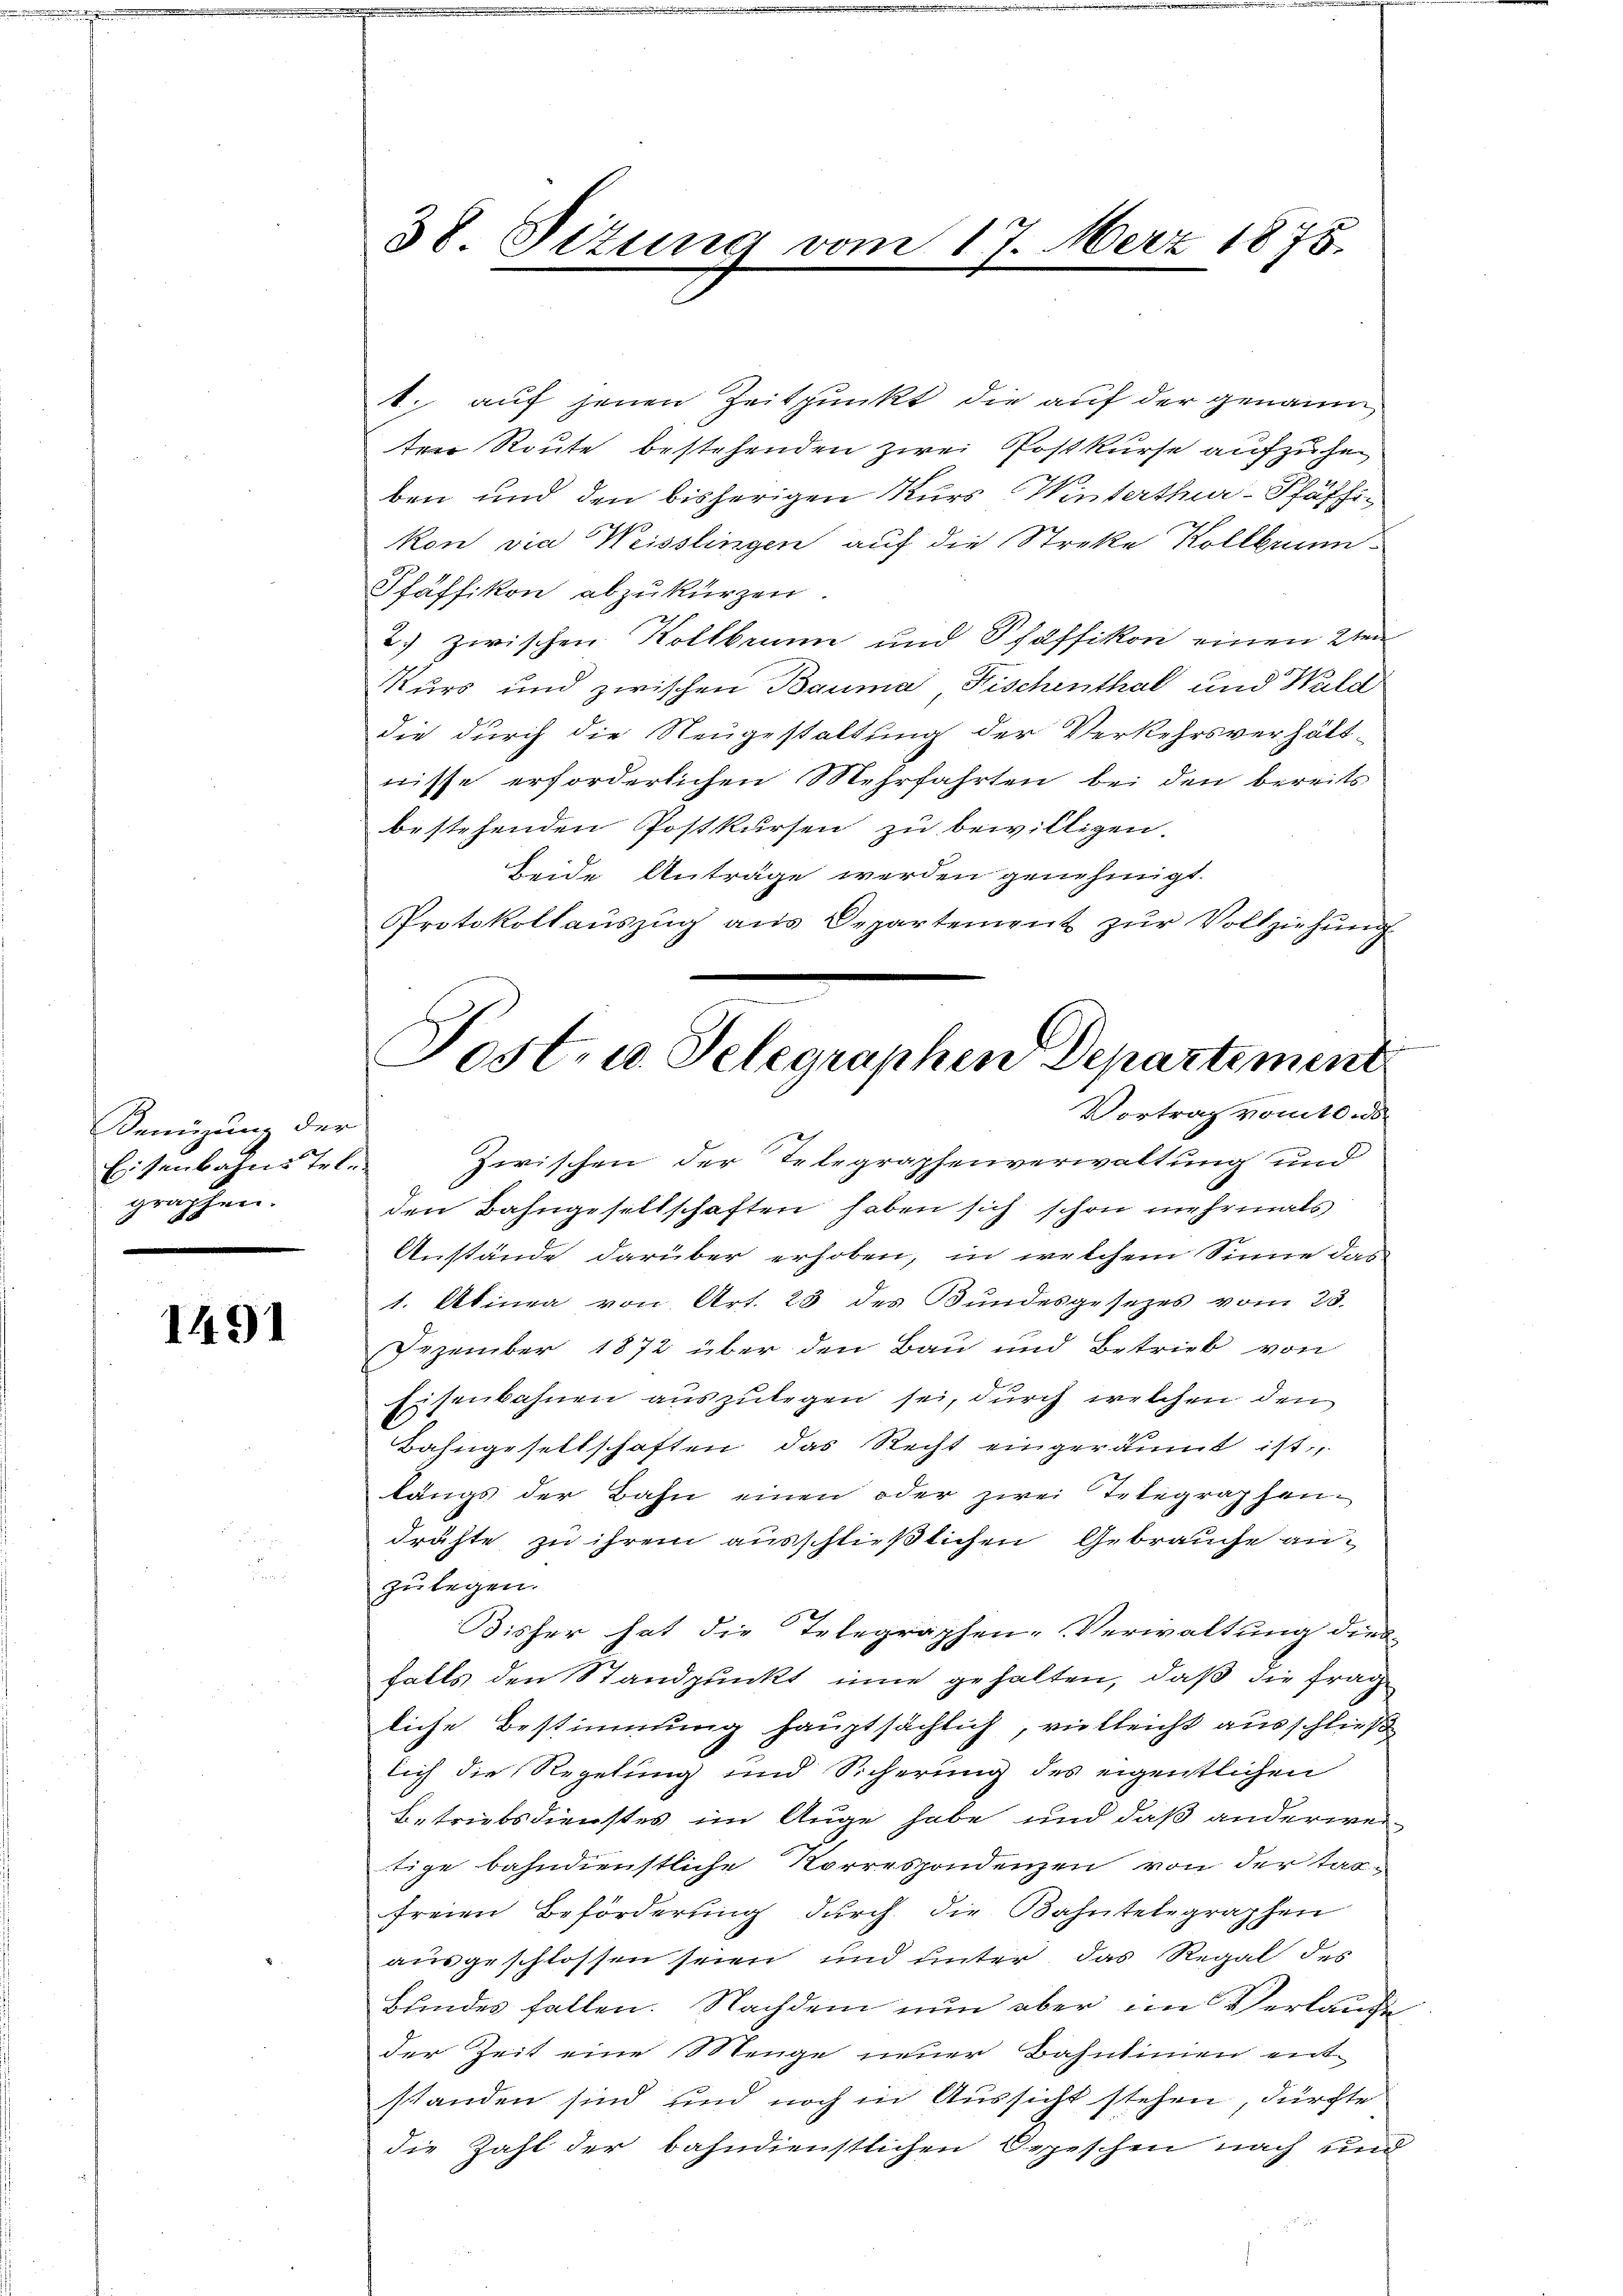
Senüzung der
Eisenbahns Tele
graphen.

1491

38 Sitzung

1. auf jenen Zeitpunkt die auf der genann
ter Route bestehenden zwei Postkurse aufzuhe
ben und den bisherigen Kurs Winterthur-Pfäffikon die Weisslingen auf die Strekte Kollbrun¬
Pfäffikon abzukürzen.
2.) zwischen Kollbrum und Pfäffikon einen 2ten
Kurs und zwischen Bauma, Fischenthal und Wald
die durch die Neugestaltung der Verkehrsverhält-
nisse erforderlichen Mehrfahrten bei den bereits
bestehenden Postkursen zu bewilligen.
beide Anträge werden genehmigt.
Protokollaŭszŭg aŭs Departement zŭr Vollziehŭng
Zwischen der Telegraphenverwaltung und
den Bahngesellschaften haben sich schon mehrmals
Anstände darüber erhoben, in welchem Sinne das
1. Abina von Art. 23 des Bundesgesezes vom 23.
Dezember 1872 über den Bau und Betrieb von
Eisenbahnen auszulegen sei, durch welchen den
Bahngesellschaften das Recht eingeräumt ist,
längs der Bahn einen oder zwei Telegraphen-
drähte zu ihrem ausschließlichen Gebrauche anzu legen.
Bisher hat die Telegraphen-Verwaltung dies
falls den Standpunkt inne gehalten, daß die Frag
liche Bestimmung hauptsächlich, vielleicht ausschließ
lich die Regelung und Sicherung des eigentlichen
Betriebsdienstes im Auge habe und daß anderwei-
tige bahndienstliche Korrespondenzen von der tag-
freien Beförderung durch die Bahntelegraphen
ausgeschlossen seien und unter das Regal des
Bundes fallen. Nachdem nun aber im Verlange
der Zeit eine Menge neuer Bahntinen entstanden sind und noch in Aussicht stehen, dürfte
die Zahl der bahndienstlichen Oppeschen nach und

17. März 1875.

Jost, u. Telegraphen Departement
Vortrag vom 10. ds.